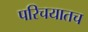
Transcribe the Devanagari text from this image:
परिचयातच